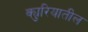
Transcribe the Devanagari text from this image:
क्युरियातील